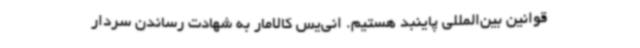
قوانین بین‌المللی پاینبد هستیم. انی‌یس کالامار به شهادت رساندن سردار